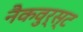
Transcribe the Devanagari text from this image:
नैकवुर्स्ट